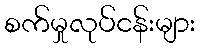
စက်မှုလုပ်ငန်းများ